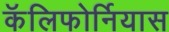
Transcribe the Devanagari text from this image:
कॅलिफोर्नियास